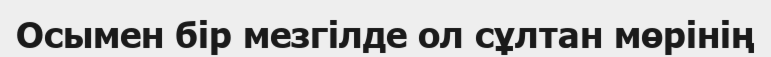
Осымен бір мезгілде ол сұлтан мөрінің